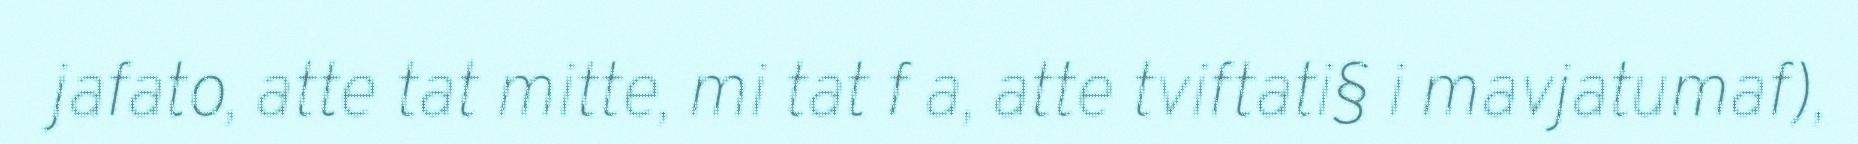
jafato, atte tat mitte, mi tat f a, atte tviftati§ i mavjatumaf),